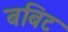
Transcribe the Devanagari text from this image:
बबिट